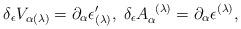
LaTeX: \begin{align*}\delta _{\epsilon }V_{\alpha (\lambda )}=\partial _{\alpha }\epsilon_{(\lambda )}^{\prime },\;\delta _{\epsilon }A_{\alpha }^{\;\;(\lambda)}=\partial _{\alpha }\epsilon ^{(\lambda )}, \end{align*}